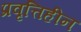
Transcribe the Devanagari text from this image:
प्रवृत्तिहीन